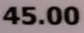
45.00